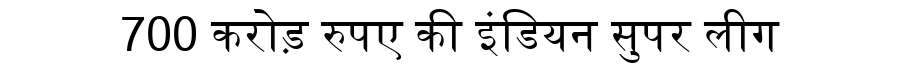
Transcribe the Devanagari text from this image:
700 करोड़ रुपए की इंडियन सुपर लीग